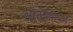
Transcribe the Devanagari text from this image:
ओमेन्टम